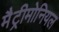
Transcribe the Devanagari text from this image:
मैट्रीमोनियल